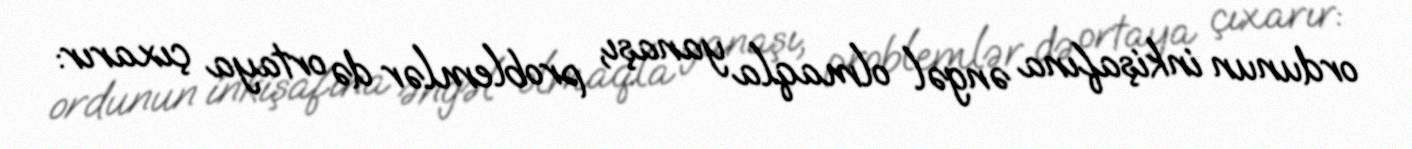
ordunun inkişafına əngəl olmaqla yanaşı, problemlər də ortaya çıxarır: